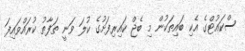
ސްކައުޓްގެ އެކި ބައިތަކުން މި ބެޖް ކައިރިފަށުގެ ކުލަ ވަނީ ތަފާތު ކުރައްވައިފަ